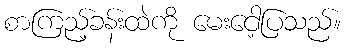
စာကြည့်ခန်းထဲကို မေးငေါ့ပြသည်။